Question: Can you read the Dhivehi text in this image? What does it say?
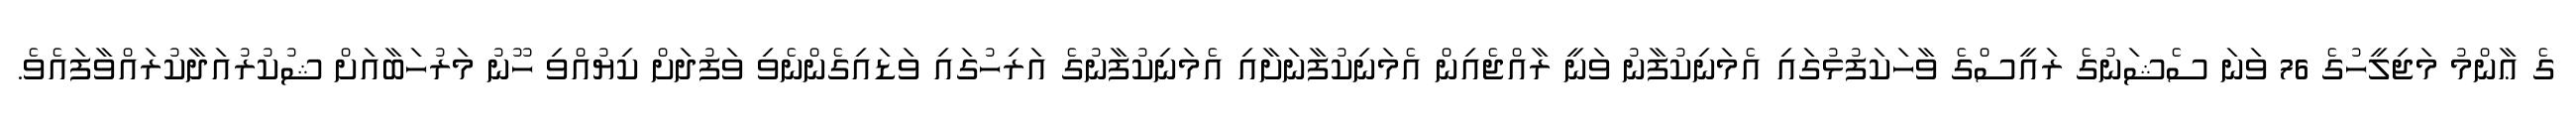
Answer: ގެ ޢާންމު މަޖިލީހުގެ 76 ވަނަ ސެޝަނުގެ ރައީސްގެ ވާހަކަފުޅުގައި އެމަނިކުފާނު ވަނީ ރާއްޖެއިން އެމަނިކުފާނަށާއި އެމަނިކުފާނުގެ އަރިހުގައި ވަޑައިގެންނެވި ވަފުދަށް ކިޔުއްވި ހޫނު މަރުހަބާއަށް ޝުކުރުއަދާކުރައްވާފައެވެ.